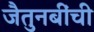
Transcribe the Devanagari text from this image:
जैतुनबींची